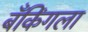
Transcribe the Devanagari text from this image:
बँकिंगला